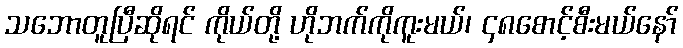
သဘောတူပြီဆိုရင် ကိုယ်တို့ ဟိုဘက်ကိုကူးမယ်၊ ၄၈စောင့်စီးမယ်နော်